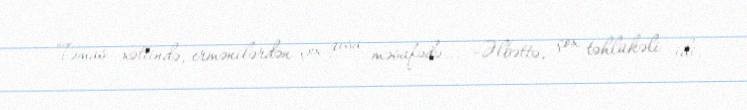
Təmas xəttində, ermənilərdən çox qısa məsafədə... -Əlbəttə, çox təhlükəli idi.